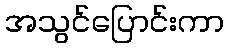
အသွင်ပြောင်းကာ